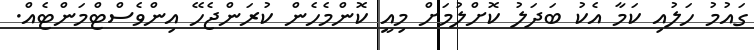
ގައުމު ހަލުއި ކަމާ އެކު ބަދަލު ކޮށްލުމަށް މިއީ ކޮންމެހެން ކުރަންޖެހޭ އިންވެސްޓްމަންޓެއް.